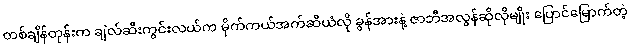
တစ်ချိန်တုန်းက ချဲလ်ဆီးကွင်းလယ်က မိုက်ကယ်အက်ဆီယံလို ခွန်အားနဲ့ ဇာဘီအလွန်ဆိုလိုမျိုး ပြောင်မြောက်တဲ့